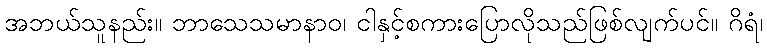
အဘယ်သူနည်း။ ဘာသေသမာနာဝ၊ ငါနှင့်စကားပြောလိုသည်ဖြစ်လျက်ပင်။ ဂိရံ၊